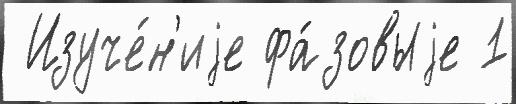
 Изуче́н'иjе фа́зовыjе 1